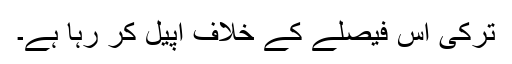
ترکی اس فیصلے کے خلاف اپیل کر رہا ہے۔